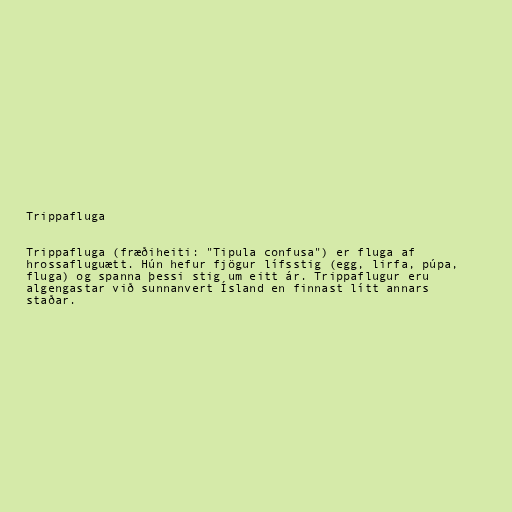
Trippafluga

Trippafluga (fræðiheiti: "Tipula confusa") er fluga af
hrossafluguætt. Hún hefur fjögur lífsstig (egg, lirfa, púpa,
fluga) og spanna þessi stig um eitt ár. Trippaflugur eru
algengastar við sunnanvert Ísland en finnast lítt annars
staðar.